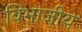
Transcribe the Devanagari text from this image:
विभाजीय